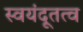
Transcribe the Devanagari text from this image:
स्वयंदूतत्व